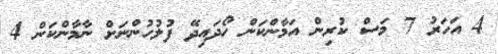
4 އަހަރު 7 މަސް ކުރިން އަމާންކަން ހޯދައިދޭ ފުލުހުންނަށް ނާމާންކަން 4